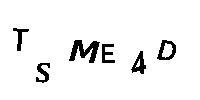
TSME4D